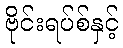
ဗိုင်းရပ်စ်နှင့်